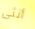
أنثى